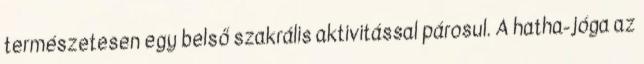
természetesen egy belső szakrális aktivitással párosul. A hatha-jóga az